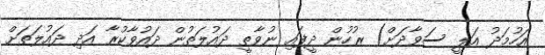
އަހުމަދު އަލީ ސަވާދަށް) ރުހުން ދީފައި ނުވާތީ ދައުލަތުން ދައުވާކުރާ އަދި ދައުލަތަށް